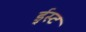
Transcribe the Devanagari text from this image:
ई्स्ट